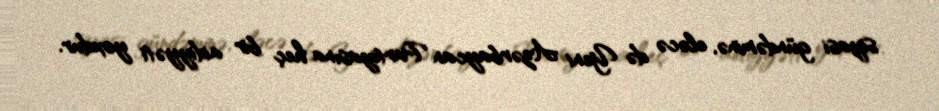
siyasi gündəminə, eləcə də Yeni Azərbaycan Partiyasına heç bir aidiyyəti yoxdur.